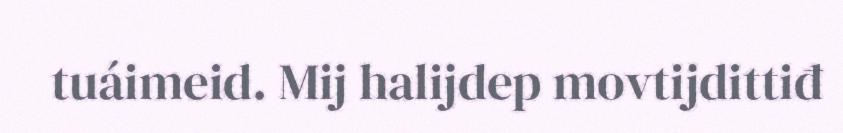
tuáimeid. Mij halijdep movtijdittiđ